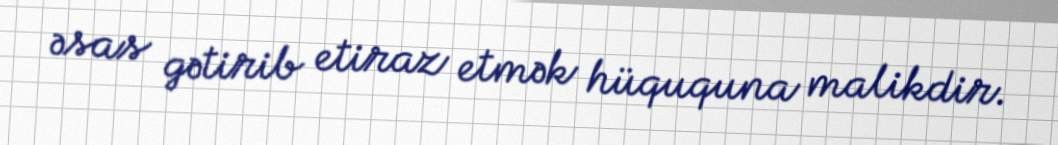
əsas gətirib etiraz etmək hüququna malikdir.